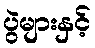
ပွဲများနှင့်